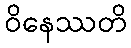
ဝိနေဿတိ